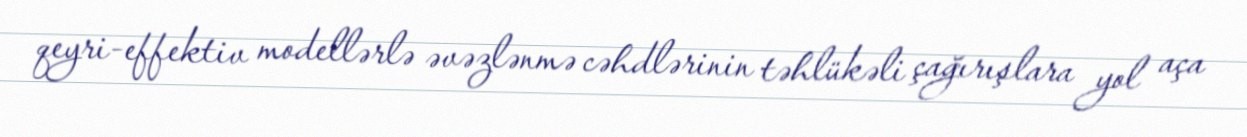
qeyri-effektiv modellərlə əvəzlənmə cəhdlərinin təhlükəli çağırışlara yol aça